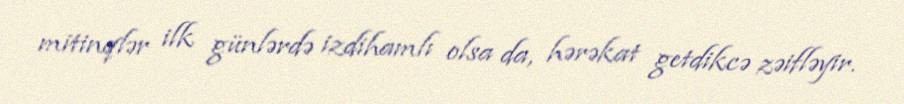
mitinqlər ilk günlərdə izdihamlı olsa da, hərəkat getdikcə zəifləyir.